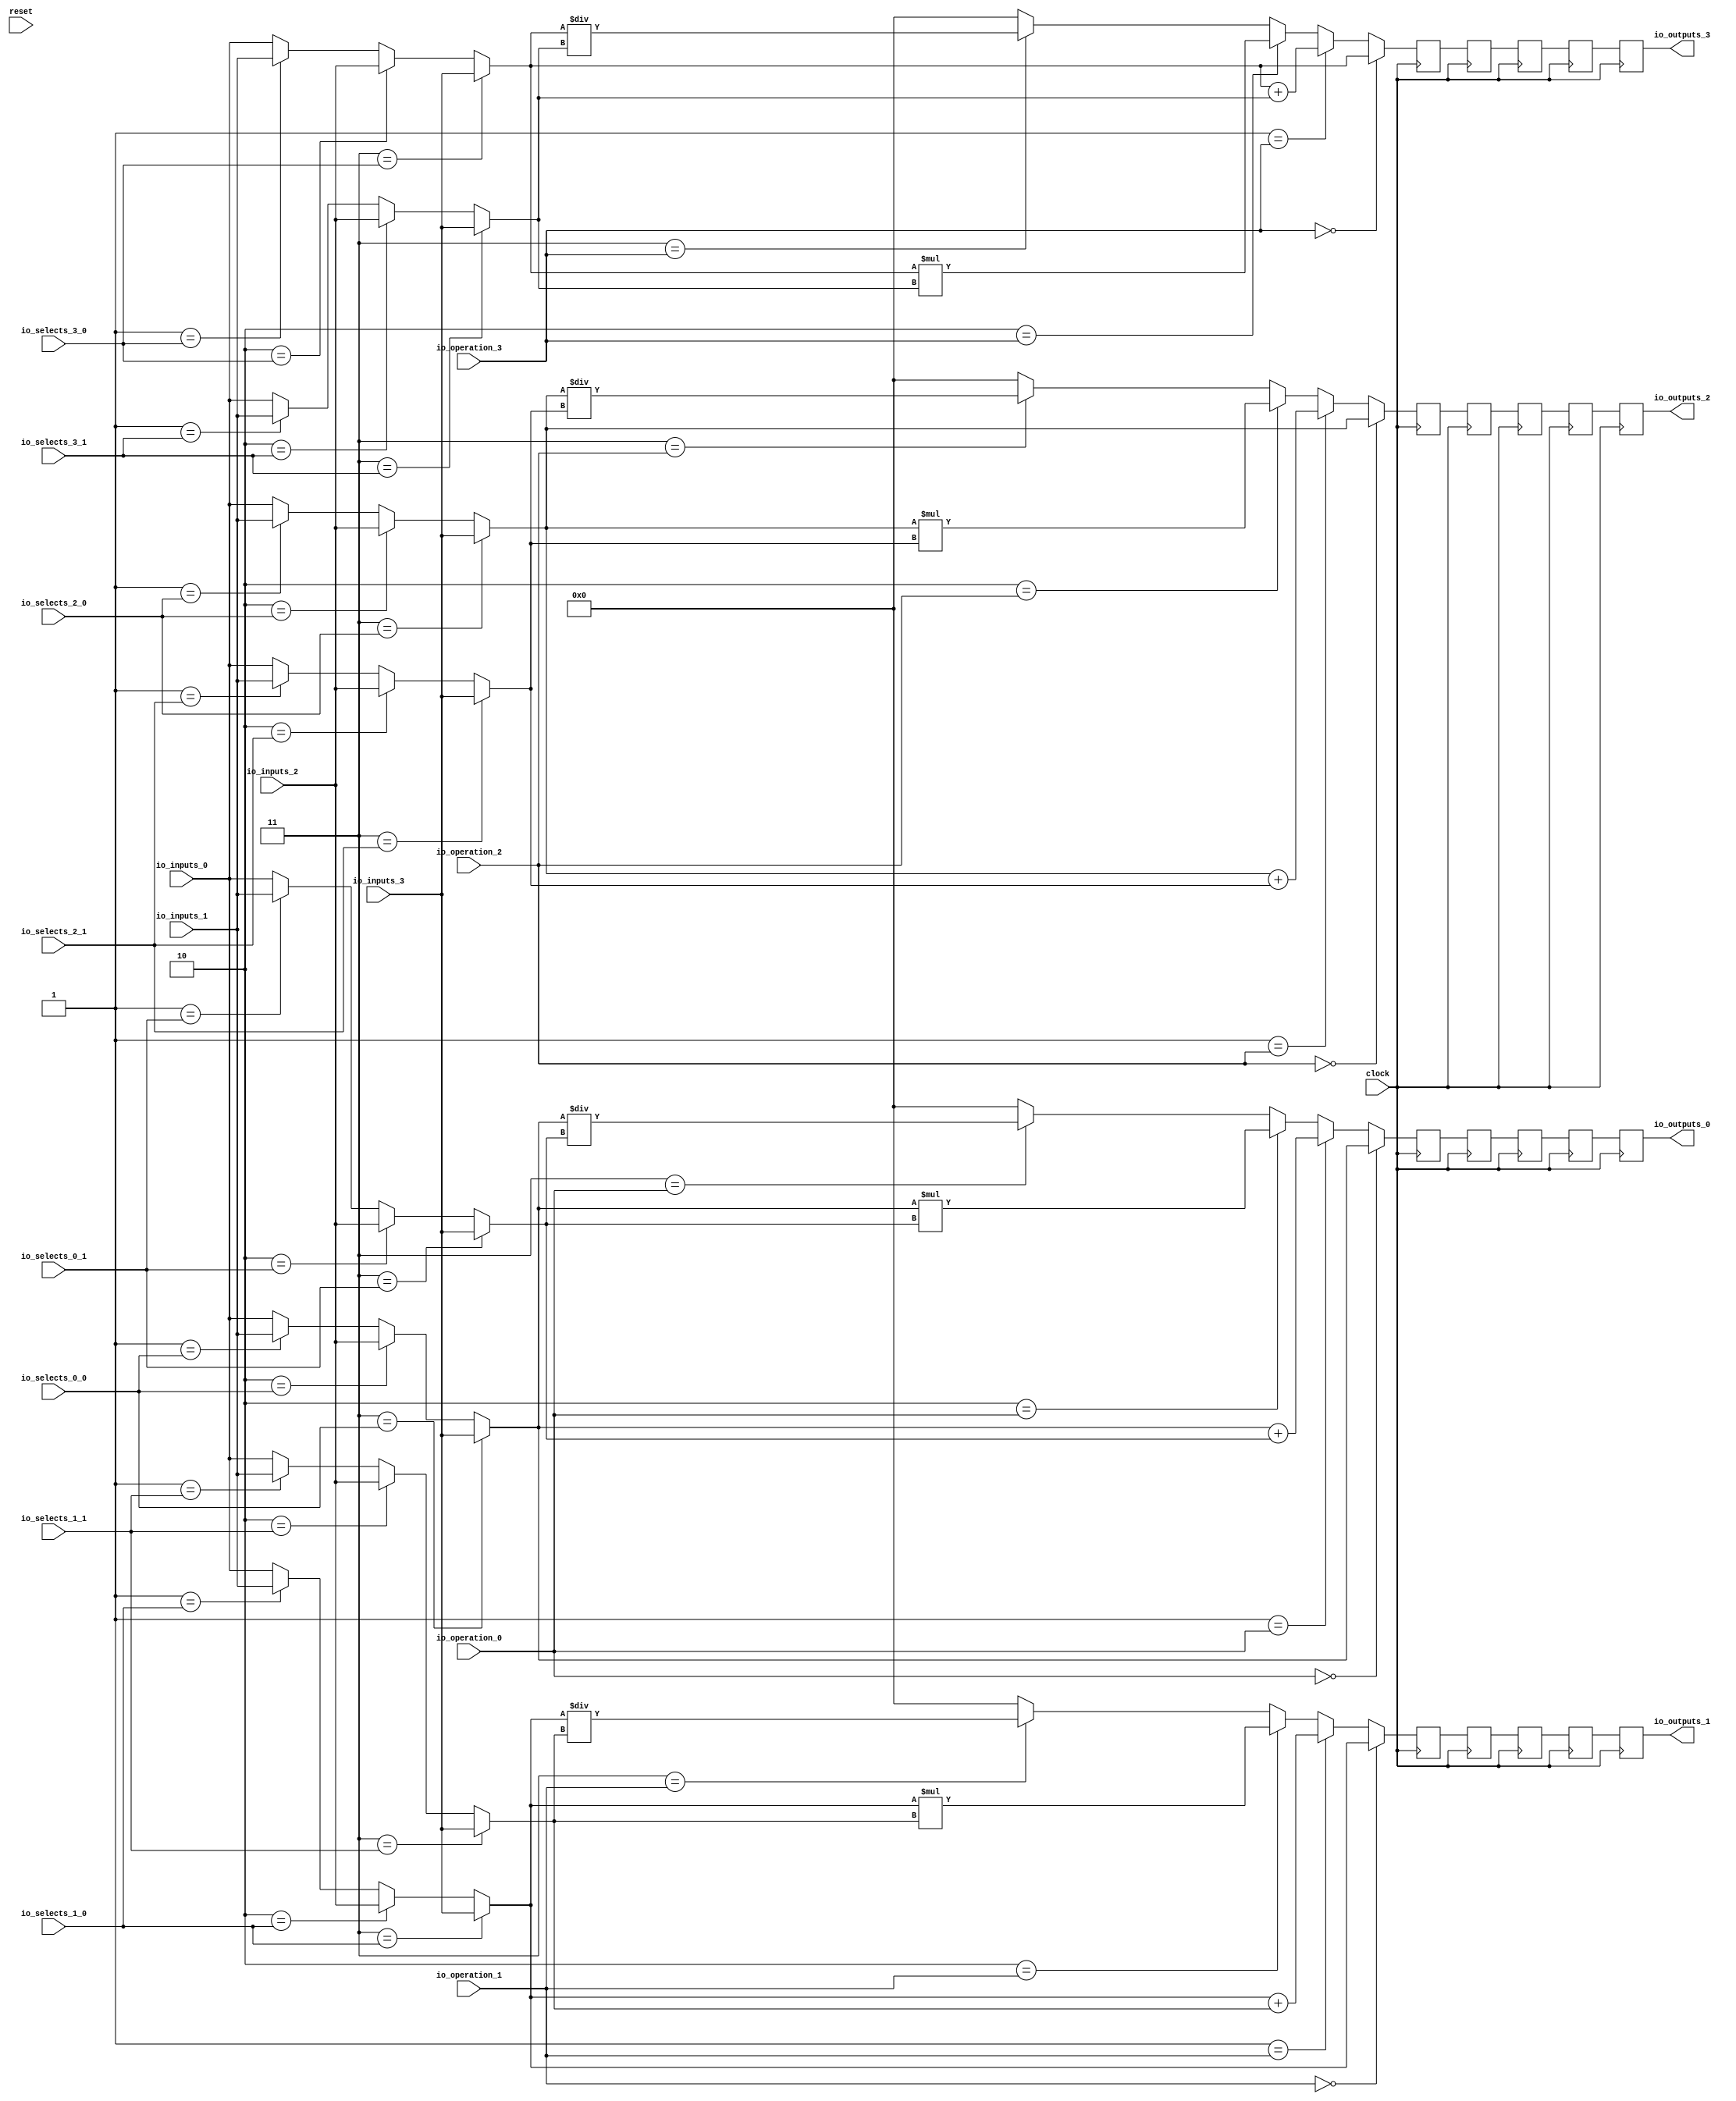
module MuxTest_width_256_inputs_4_outputs_4_pipeline_5( // @[:@3.2]
  input          clock, // @[:@4.4]
  input          reset, // @[:@5.4]
  input  [1:0]   io_selects_0_0, // @[:@6.4]
  input  [1:0]   io_selects_0_1, // @[:@6.4]
  input  [1:0]   io_selects_1_0, // @[:@6.4]
  input  [1:0]   io_selects_1_1, // @[:@6.4]
  input  [1:0]   io_selects_2_0, // @[:@6.4]
  input  [1:0]   io_selects_2_1, // @[:@6.4]
  input  [1:0]   io_selects_3_0, // @[:@6.4]
  input  [1:0]   io_selects_3_1, // @[:@6.4]
  input  [2:0]   io_operation_0, // @[:@6.4]
  input  [2:0]   io_operation_1, // @[:@6.4]
  input  [2:0]   io_operation_2, // @[:@6.4]
  input  [2:0]   io_operation_3, // @[:@6.4]
  input  [255:0] io_inputs_0, // @[:@6.4]
  input  [255:0] io_inputs_1, // @[:@6.4]
  input  [255:0] io_inputs_2, // @[:@6.4]
  input  [255:0] io_inputs_3, // @[:@6.4]
  output [255:0] io_outputs_0, // @[:@6.4]
  output [255:0] io_outputs_1, // @[:@6.4]
  output [255:0] io_outputs_2, // @[:@6.4]
  output [255:0] io_outputs_3 // @[:@6.4]
);
  wire [255:0] _GEN_1; // @[MuxTest_width_256_inputs_4_outputs_4_pipeline_5s.scala 32:53:@8.4]
  wire [255:0] _GEN_2; // @[MuxTest_width_256_inputs_4_outputs_4_pipeline_5s.scala 32:53:@8.4]
  wire [255:0] _GEN_3; // @[MuxTest_width_256_inputs_4_outputs_4_pipeline_5s.scala 32:53:@8.4]
  wire [255:0] _GEN_5; // @[MuxTest_width_256_inputs_4_outputs_4_pipeline_5s.scala 32:53:@8.4]
  wire [255:0] _GEN_6; // @[MuxTest_width_256_inputs_4_outputs_4_pipeline_5s.scala 32:53:@8.4]
  wire [255:0] _GEN_7; // @[MuxTest_width_256_inputs_4_outputs_4_pipeline_5s.scala 32:53:@8.4]
  wire [256:0] _T_242; // @[MuxTest_width_256_inputs_4_outputs_4_pipeline_5s.scala 32:53:@8.4]
  wire [255:0] _T_243; // @[MuxTest_width_256_inputs_4_outputs_4_pipeline_5s.scala 32:53:@9.4]
  wire [511:0] _T_245; // @[MuxTest_width_256_inputs_4_outputs_4_pipeline_5s.scala 33:58:@10.4]
  wire [255:0] _T_247; // @[MuxTest_width_256_inputs_4_outputs_4_pipeline_5s.scala 34:56:@11.4]
  wire  _T_248; // @[Mux.scala 46:19:@12.4]
  wire [255:0] _T_249; // @[Mux.scala 46:16:@13.4]
  wire  _T_250; // @[Mux.scala 46:19:@14.4]
  wire [511:0] _T_251; // @[Mux.scala 46:16:@15.4]
  wire  _T_252; // @[Mux.scala 46:19:@16.4]
  wire [511:0] _T_253; // @[Mux.scala 46:16:@17.4]
  wire  _T_254; // @[Mux.scala 46:19:@18.4]
  wire [255:0] _GEN_9; // @[MuxTest_width_256_inputs_4_outputs_4_pipeline_5s.scala 32:53:@20.4]
  wire [255:0] _GEN_10; // @[MuxTest_width_256_inputs_4_outputs_4_pipeline_5s.scala 32:53:@20.4]
  wire [255:0] _GEN_11; // @[MuxTest_width_256_inputs_4_outputs_4_pipeline_5s.scala 32:53:@20.4]
  wire [255:0] _GEN_13; // @[MuxTest_width_256_inputs_4_outputs_4_pipeline_5s.scala 32:53:@20.4]
  wire [255:0] _GEN_14; // @[MuxTest_width_256_inputs_4_outputs_4_pipeline_5s.scala 32:53:@20.4]
  wire [255:0] _GEN_15; // @[MuxTest_width_256_inputs_4_outputs_4_pipeline_5s.scala 32:53:@20.4]
  wire [256:0] _T_259; // @[MuxTest_width_256_inputs_4_outputs_4_pipeline_5s.scala 32:53:@20.4]
  wire [255:0] _T_260; // @[MuxTest_width_256_inputs_4_outputs_4_pipeline_5s.scala 32:53:@21.4]
  wire [511:0] _T_262; // @[MuxTest_width_256_inputs_4_outputs_4_pipeline_5s.scala 33:58:@22.4]
  wire [255:0] _T_264; // @[MuxTest_width_256_inputs_4_outputs_4_pipeline_5s.scala 34:56:@23.4]
  wire  _T_265; // @[Mux.scala 46:19:@24.4]
  wire [255:0] _T_266; // @[Mux.scala 46:16:@25.4]
  wire  _T_267; // @[Mux.scala 46:19:@26.4]
  wire [511:0] _T_268; // @[Mux.scala 46:16:@27.4]
  wire  _T_269; // @[Mux.scala 46:19:@28.4]
  wire [511:0] _T_270; // @[Mux.scala 46:16:@29.4]
  wire  _T_271; // @[Mux.scala 46:19:@30.4]
  wire [255:0] _GEN_17; // @[MuxTest_width_256_inputs_4_outputs_4_pipeline_5s.scala 32:53:@32.4]
  wire [255:0] _GEN_18; // @[MuxTest_width_256_inputs_4_outputs_4_pipeline_5s.scala 32:53:@32.4]
  wire [255:0] _GEN_19; // @[MuxTest_width_256_inputs_4_outputs_4_pipeline_5s.scala 32:53:@32.4]
  wire [255:0] _GEN_21; // @[MuxTest_width_256_inputs_4_outputs_4_pipeline_5s.scala 32:53:@32.4]
  wire [255:0] _GEN_22; // @[MuxTest_width_256_inputs_4_outputs_4_pipeline_5s.scala 32:53:@32.4]
  wire [255:0] _GEN_23; // @[MuxTest_width_256_inputs_4_outputs_4_pipeline_5s.scala 32:53:@32.4]
  wire [256:0] _T_276; // @[MuxTest_width_256_inputs_4_outputs_4_pipeline_5s.scala 32:53:@32.4]
  wire [255:0] _T_277; // @[MuxTest_width_256_inputs_4_outputs_4_pipeline_5s.scala 32:53:@33.4]
  wire [511:0] _T_279; // @[MuxTest_width_256_inputs_4_outputs_4_pipeline_5s.scala 33:58:@34.4]
  wire [255:0] _T_281; // @[MuxTest_width_256_inputs_4_outputs_4_pipeline_5s.scala 34:56:@35.4]
  wire  _T_282; // @[Mux.scala 46:19:@36.4]
  wire [255:0] _T_283; // @[Mux.scala 46:16:@37.4]
  wire  _T_284; // @[Mux.scala 46:19:@38.4]
  wire [511:0] _T_285; // @[Mux.scala 46:16:@39.4]
  wire  _T_286; // @[Mux.scala 46:19:@40.4]
  wire [511:0] _T_287; // @[Mux.scala 46:16:@41.4]
  wire  _T_288; // @[Mux.scala 46:19:@42.4]
  wire [255:0] _GEN_25; // @[MuxTest_width_256_inputs_4_outputs_4_pipeline_5s.scala 32:53:@44.4]
  wire [255:0] _GEN_26; // @[MuxTest_width_256_inputs_4_outputs_4_pipeline_5s.scala 32:53:@44.4]
  wire [255:0] _GEN_27; // @[MuxTest_width_256_inputs_4_outputs_4_pipeline_5s.scala 32:53:@44.4]
  wire [255:0] _GEN_29; // @[MuxTest_width_256_inputs_4_outputs_4_pipeline_5s.scala 32:53:@44.4]
  wire [255:0] _GEN_30; // @[MuxTest_width_256_inputs_4_outputs_4_pipeline_5s.scala 32:53:@44.4]
  wire [255:0] _GEN_31; // @[MuxTest_width_256_inputs_4_outputs_4_pipeline_5s.scala 32:53:@44.4]
  wire [256:0] _T_293; // @[MuxTest_width_256_inputs_4_outputs_4_pipeline_5s.scala 32:53:@44.4]
  wire [255:0] _T_294; // @[MuxTest_width_256_inputs_4_outputs_4_pipeline_5s.scala 32:53:@45.4]
  wire [511:0] _T_296; // @[MuxTest_width_256_inputs_4_outputs_4_pipeline_5s.scala 33:58:@46.4]
  wire [255:0] _T_298; // @[MuxTest_width_256_inputs_4_outputs_4_pipeline_5s.scala 34:56:@47.4]
  wire  _T_299; // @[Mux.scala 46:19:@48.4]
  wire [255:0] _T_300; // @[Mux.scala 46:16:@49.4]
  wire  _T_301; // @[Mux.scala 46:19:@50.4]
  wire [511:0] _T_302; // @[Mux.scala 46:16:@51.4]
  wire  _T_303; // @[Mux.scala 46:19:@52.4]
  wire [511:0] _T_304; // @[Mux.scala 46:16:@53.4]
  wire  _T_305; // @[Mux.scala 46:19:@54.4]
  reg [511:0] _T_309; // @[Reg.scala 11:16:@56.4]
  reg [511:0] _RAND_0;
  reg [511:0] _T_311; // @[Reg.scala 11:16:@60.4]
  reg [511:0] _RAND_1;
  reg [511:0] _T_313; // @[Reg.scala 11:16:@64.4]
  reg [511:0] _RAND_2;
  reg [511:0] _T_315; // @[Reg.scala 11:16:@68.4]
  reg [511:0] _RAND_3;
  reg [511:0] _T_317; // @[Reg.scala 11:16:@72.4]
  reg [511:0] _RAND_4;
  reg [511:0] _T_320; // @[Reg.scala 11:16:@76.4]
  reg [511:0] _RAND_5;
  reg [511:0] _T_322; // @[Reg.scala 11:16:@80.4]
  reg [511:0] _RAND_6;
  reg [511:0] _T_324; // @[Reg.scala 11:16:@84.4]
  reg [511:0] _RAND_7;
  reg [511:0] _T_326; // @[Reg.scala 11:16:@88.4]
  reg [511:0] _RAND_8;
  reg [511:0] _T_328; // @[Reg.scala 11:16:@92.4]
  reg [511:0] _RAND_9;
  reg [511:0] _T_331; // @[Reg.scala 11:16:@96.4]
  reg [511:0] _RAND_10;
  reg [511:0] _T_333; // @[Reg.scala 11:16:@100.4]
  reg [511:0] _RAND_11;
  reg [511:0] _T_335; // @[Reg.scala 11:16:@104.4]
  reg [511:0] _RAND_12;
  reg [511:0] _T_337; // @[Reg.scala 11:16:@108.4]
  reg [511:0] _RAND_13;
  reg [511:0] _T_339; // @[Reg.scala 11:16:@112.4]
  reg [511:0] _RAND_14;
  reg [511:0] _T_342; // @[Reg.scala 11:16:@116.4]
  reg [511:0] _RAND_15;
  reg [511:0] _T_344; // @[Reg.scala 11:16:@120.4]
  reg [511:0] _RAND_16;
  reg [511:0] _T_346; // @[Reg.scala 11:16:@124.4]
  reg [511:0] _RAND_17;
  reg [511:0] _T_348; // @[Reg.scala 11:16:@128.4]
  reg [511:0] _RAND_18;
  reg [511:0] _T_350; // @[Reg.scala 11:16:@132.4]
  reg [511:0] _RAND_19;
  assign _GEN_1 = 2'h1 == io_selects_0_0 ? io_inputs_1 : io_inputs_0; // @[MuxTest_width_256_inputs_4_outputs_4_pipeline_5s.scala 32:53:@8.4]
  assign _GEN_2 = 2'h2 == io_selects_0_0 ? io_inputs_2 : _GEN_1; // @[MuxTest_width_256_inputs_4_outputs_4_pipeline_5s.scala 32:53:@8.4]
  assign _GEN_3 = 2'h3 == io_selects_0_0 ? io_inputs_3 : _GEN_2; // @[MuxTest_width_256_inputs_4_outputs_4_pipeline_5s.scala 32:53:@8.4]
  assign _GEN_5 = 2'h1 == io_selects_0_1 ? io_inputs_1 : io_inputs_0; // @[MuxTest_width_256_inputs_4_outputs_4_pipeline_5s.scala 32:53:@8.4]
  assign _GEN_6 = 2'h2 == io_selects_0_1 ? io_inputs_2 : _GEN_5; // @[MuxTest_width_256_inputs_4_outputs_4_pipeline_5s.scala 32:53:@8.4]
  assign _GEN_7 = 2'h3 == io_selects_0_1 ? io_inputs_3 : _GEN_6; // @[MuxTest_width_256_inputs_4_outputs_4_pipeline_5s.scala 32:53:@8.4]
  assign _T_242 = _GEN_3 + _GEN_7; // @[MuxTest_width_256_inputs_4_outputs_4_pipeline_5s.scala 32:53:@8.4]
  assign _T_243 = _GEN_3 + _GEN_7; // @[MuxTest_width_256_inputs_4_outputs_4_pipeline_5s.scala 32:53:@9.4]
  assign _T_245 = _GEN_3 * _GEN_7; // @[MuxTest_width_256_inputs_4_outputs_4_pipeline_5s.scala 33:58:@10.4]
  assign _T_247 = _GEN_3 / _GEN_7; // @[MuxTest_width_256_inputs_4_outputs_4_pipeline_5s.scala 34:56:@11.4]
  assign _T_248 = 3'h3 == io_operation_0; // @[Mux.scala 46:19:@12.4]
  assign _T_249 = _T_248 ? _T_247 : 256'h0; // @[Mux.scala 46:16:@13.4]
  assign _T_250 = 3'h2 == io_operation_0; // @[Mux.scala 46:19:@14.4]
  assign _T_251 = _T_250 ? _T_245 : {{256'd0}, _T_249}; // @[Mux.scala 46:16:@15.4]
  assign _T_252 = 3'h1 == io_operation_0; // @[Mux.scala 46:19:@16.4]
  assign _T_253 = _T_252 ? {{256'd0}, _T_243} : _T_251; // @[Mux.scala 46:16:@17.4]
  assign _T_254 = 3'h0 == io_operation_0; // @[Mux.scala 46:19:@18.4]
  assign _GEN_9 = 2'h1 == io_selects_1_0 ? io_inputs_1 : io_inputs_0; // @[MuxTest_width_256_inputs_4_outputs_4_pipeline_5s.scala 32:53:@20.4]
  assign _GEN_10 = 2'h2 == io_selects_1_0 ? io_inputs_2 : _GEN_9; // @[MuxTest_width_256_inputs_4_outputs_4_pipeline_5s.scala 32:53:@20.4]
  assign _GEN_11 = 2'h3 == io_selects_1_0 ? io_inputs_3 : _GEN_10; // @[MuxTest_width_256_inputs_4_outputs_4_pipeline_5s.scala 32:53:@20.4]
  assign _GEN_13 = 2'h1 == io_selects_1_1 ? io_inputs_1 : io_inputs_0; // @[MuxTest_width_256_inputs_4_outputs_4_pipeline_5s.scala 32:53:@20.4]
  assign _GEN_14 = 2'h2 == io_selects_1_1 ? io_inputs_2 : _GEN_13; // @[MuxTest_width_256_inputs_4_outputs_4_pipeline_5s.scala 32:53:@20.4]
  assign _GEN_15 = 2'h3 == io_selects_1_1 ? io_inputs_3 : _GEN_14; // @[MuxTest_width_256_inputs_4_outputs_4_pipeline_5s.scala 32:53:@20.4]
  assign _T_259 = _GEN_11 + _GEN_15; // @[MuxTest_width_256_inputs_4_outputs_4_pipeline_5s.scala 32:53:@20.4]
  assign _T_260 = _GEN_11 + _GEN_15; // @[MuxTest_width_256_inputs_4_outputs_4_pipeline_5s.scala 32:53:@21.4]
  assign _T_262 = _GEN_11 * _GEN_15; // @[MuxTest_width_256_inputs_4_outputs_4_pipeline_5s.scala 33:58:@22.4]
  assign _T_264 = _GEN_11 / _GEN_15; // @[MuxTest_width_256_inputs_4_outputs_4_pipeline_5s.scala 34:56:@23.4]
  assign _T_265 = 3'h3 == io_operation_1; // @[Mux.scala 46:19:@24.4]
  assign _T_266 = _T_265 ? _T_264 : 256'h0; // @[Mux.scala 46:16:@25.4]
  assign _T_267 = 3'h2 == io_operation_1; // @[Mux.scala 46:19:@26.4]
  assign _T_268 = _T_267 ? _T_262 : {{256'd0}, _T_266}; // @[Mux.scala 46:16:@27.4]
  assign _T_269 = 3'h1 == io_operation_1; // @[Mux.scala 46:19:@28.4]
  assign _T_270 = _T_269 ? {{256'd0}, _T_260} : _T_268; // @[Mux.scala 46:16:@29.4]
  assign _T_271 = 3'h0 == io_operation_1; // @[Mux.scala 46:19:@30.4]
  assign _GEN_17 = 2'h1 == io_selects_2_0 ? io_inputs_1 : io_inputs_0; // @[MuxTest_width_256_inputs_4_outputs_4_pipeline_5s.scala 32:53:@32.4]
  assign _GEN_18 = 2'h2 == io_selects_2_0 ? io_inputs_2 : _GEN_17; // @[MuxTest_width_256_inputs_4_outputs_4_pipeline_5s.scala 32:53:@32.4]
  assign _GEN_19 = 2'h3 == io_selects_2_0 ? io_inputs_3 : _GEN_18; // @[MuxTest_width_256_inputs_4_outputs_4_pipeline_5s.scala 32:53:@32.4]
  assign _GEN_21 = 2'h1 == io_selects_2_1 ? io_inputs_1 : io_inputs_0; // @[MuxTest_width_256_inputs_4_outputs_4_pipeline_5s.scala 32:53:@32.4]
  assign _GEN_22 = 2'h2 == io_selects_2_1 ? io_inputs_2 : _GEN_21; // @[MuxTest_width_256_inputs_4_outputs_4_pipeline_5s.scala 32:53:@32.4]
  assign _GEN_23 = 2'h3 == io_selects_2_1 ? io_inputs_3 : _GEN_22; // @[MuxTest_width_256_inputs_4_outputs_4_pipeline_5s.scala 32:53:@32.4]
  assign _T_276 = _GEN_19 + _GEN_23; // @[MuxTest_width_256_inputs_4_outputs_4_pipeline_5s.scala 32:53:@32.4]
  assign _T_277 = _GEN_19 + _GEN_23; // @[MuxTest_width_256_inputs_4_outputs_4_pipeline_5s.scala 32:53:@33.4]
  assign _T_279 = _GEN_19 * _GEN_23; // @[MuxTest_width_256_inputs_4_outputs_4_pipeline_5s.scala 33:58:@34.4]
  assign _T_281 = _GEN_19 / _GEN_23; // @[MuxTest_width_256_inputs_4_outputs_4_pipeline_5s.scala 34:56:@35.4]
  assign _T_282 = 3'h3 == io_operation_2; // @[Mux.scala 46:19:@36.4]
  assign _T_283 = _T_282 ? _T_281 : 256'h0; // @[Mux.scala 46:16:@37.4]
  assign _T_284 = 3'h2 == io_operation_2; // @[Mux.scala 46:19:@38.4]
  assign _T_285 = _T_284 ? _T_279 : {{256'd0}, _T_283}; // @[Mux.scala 46:16:@39.4]
  assign _T_286 = 3'h1 == io_operation_2; // @[Mux.scala 46:19:@40.4]
  assign _T_287 = _T_286 ? {{256'd0}, _T_277} : _T_285; // @[Mux.scala 46:16:@41.4]
  assign _T_288 = 3'h0 == io_operation_2; // @[Mux.scala 46:19:@42.4]
  assign _GEN_25 = 2'h1 == io_selects_3_0 ? io_inputs_1 : io_inputs_0; // @[MuxTest_width_256_inputs_4_outputs_4_pipeline_5s.scala 32:53:@44.4]
  assign _GEN_26 = 2'h2 == io_selects_3_0 ? io_inputs_2 : _GEN_25; // @[MuxTest_width_256_inputs_4_outputs_4_pipeline_5s.scala 32:53:@44.4]
  assign _GEN_27 = 2'h3 == io_selects_3_0 ? io_inputs_3 : _GEN_26; // @[MuxTest_width_256_inputs_4_outputs_4_pipeline_5s.scala 32:53:@44.4]
  assign _GEN_29 = 2'h1 == io_selects_3_1 ? io_inputs_1 : io_inputs_0; // @[MuxTest_width_256_inputs_4_outputs_4_pipeline_5s.scala 32:53:@44.4]
  assign _GEN_30 = 2'h2 == io_selects_3_1 ? io_inputs_2 : _GEN_29; // @[MuxTest_width_256_inputs_4_outputs_4_pipeline_5s.scala 32:53:@44.4]
  assign _GEN_31 = 2'h3 == io_selects_3_1 ? io_inputs_3 : _GEN_30; // @[MuxTest_width_256_inputs_4_outputs_4_pipeline_5s.scala 32:53:@44.4]
  assign _T_293 = _GEN_27 + _GEN_31; // @[MuxTest_width_256_inputs_4_outputs_4_pipeline_5s.scala 32:53:@44.4]
  assign _T_294 = _GEN_27 + _GEN_31; // @[MuxTest_width_256_inputs_4_outputs_4_pipeline_5s.scala 32:53:@45.4]
  assign _T_296 = _GEN_27 * _GEN_31; // @[MuxTest_width_256_inputs_4_outputs_4_pipeline_5s.scala 33:58:@46.4]
  assign _T_298 = _GEN_27 / _GEN_31; // @[MuxTest_width_256_inputs_4_outputs_4_pipeline_5s.scala 34:56:@47.4]
  assign _T_299 = 3'h3 == io_operation_3; // @[Mux.scala 46:19:@48.4]
  assign _T_300 = _T_299 ? _T_298 : 256'h0; // @[Mux.scala 46:16:@49.4]
  assign _T_301 = 3'h2 == io_operation_3; // @[Mux.scala 46:19:@50.4]
  assign _T_302 = _T_301 ? _T_296 : {{256'd0}, _T_300}; // @[Mux.scala 46:16:@51.4]
  assign _T_303 = 3'h1 == io_operation_3; // @[Mux.scala 46:19:@52.4]
  assign _T_304 = _T_303 ? {{256'd0}, _T_294} : _T_302; // @[Mux.scala 46:16:@53.4]
  assign _T_305 = 3'h0 == io_operation_3; // @[Mux.scala 46:19:@54.4]
  assign io_outputs_0 = _T_317[255:0]; // @[MuxTest_width_256_inputs_4_outputs_4_pipeline_5s.scala 23:14:@136.4]
  assign io_outputs_1 = _T_328[255:0]; // @[MuxTest_width_256_inputs_4_outputs_4_pipeline_5s.scala 23:14:@137.4]
  assign io_outputs_2 = _T_339[255:0]; // @[MuxTest_width_256_inputs_4_outputs_4_pipeline_5s.scala 23:14:@138.4]
  assign io_outputs_3 = _T_350[255:0]; // @[MuxTest_width_256_inputs_4_outputs_4_pipeline_5s.scala 23:14:@139.4]
`ifdef RANDOMIZE_GARBAGE_ASSIGN
`define RANDOMIZE
`endif
`ifdef RANDOMIZE_INVALID_ASSIGN
`define RANDOMIZE
`endif
`ifdef RANDOMIZE_REG_INIT
`define RANDOMIZE
`endif
`ifdef RANDOMIZE_MEM_INIT
`define RANDOMIZE
`endif
`ifndef RANDOM
`define RANDOM $random
`endif
`ifdef RANDOMIZE
  integer initvar;
  initial begin
    `ifdef INIT_RANDOM
      `INIT_RANDOM
    `endif
    `ifndef VERILATOR
      #0.002 begin end
    `endif
  `ifdef RANDOMIZE_REG_INIT
  _RAND_0 = {16{`RANDOM}};
  _T_309 = _RAND_0[511:0];
  `endif // RANDOMIZE_REG_INIT
  `ifdef RANDOMIZE_REG_INIT
  _RAND_1 = {16{`RANDOM}};
  _T_311 = _RAND_1[511:0];
  `endif // RANDOMIZE_REG_INIT
  `ifdef RANDOMIZE_REG_INIT
  _RAND_2 = {16{`RANDOM}};
  _T_313 = _RAND_2[511:0];
  `endif // RANDOMIZE_REG_INIT
  `ifdef RANDOMIZE_REG_INIT
  _RAND_3 = {16{`RANDOM}};
  _T_315 = _RAND_3[511:0];
  `endif // RANDOMIZE_REG_INIT
  `ifdef RANDOMIZE_REG_INIT
  _RAND_4 = {16{`RANDOM}};
  _T_317 = _RAND_4[511:0];
  `endif // RANDOMIZE_REG_INIT
  `ifdef RANDOMIZE_REG_INIT
  _RAND_5 = {16{`RANDOM}};
  _T_320 = _RAND_5[511:0];
  `endif // RANDOMIZE_REG_INIT
  `ifdef RANDOMIZE_REG_INIT
  _RAND_6 = {16{`RANDOM}};
  _T_322 = _RAND_6[511:0];
  `endif // RANDOMIZE_REG_INIT
  `ifdef RANDOMIZE_REG_INIT
  _RAND_7 = {16{`RANDOM}};
  _T_324 = _RAND_7[511:0];
  `endif // RANDOMIZE_REG_INIT
  `ifdef RANDOMIZE_REG_INIT
  _RAND_8 = {16{`RANDOM}};
  _T_326 = _RAND_8[511:0];
  `endif // RANDOMIZE_REG_INIT
  `ifdef RANDOMIZE_REG_INIT
  _RAND_9 = {16{`RANDOM}};
  _T_328 = _RAND_9[511:0];
  `endif // RANDOMIZE_REG_INIT
  `ifdef RANDOMIZE_REG_INIT
  _RAND_10 = {16{`RANDOM}};
  _T_331 = _RAND_10[511:0];
  `endif // RANDOMIZE_REG_INIT
  `ifdef RANDOMIZE_REG_INIT
  _RAND_11 = {16{`RANDOM}};
  _T_333 = _RAND_11[511:0];
  `endif // RANDOMIZE_REG_INIT
  `ifdef RANDOMIZE_REG_INIT
  _RAND_12 = {16{`RANDOM}};
  _T_335 = _RAND_12[511:0];
  `endif // RANDOMIZE_REG_INIT
  `ifdef RANDOMIZE_REG_INIT
  _RAND_13 = {16{`RANDOM}};
  _T_337 = _RAND_13[511:0];
  `endif // RANDOMIZE_REG_INIT
  `ifdef RANDOMIZE_REG_INIT
  _RAND_14 = {16{`RANDOM}};
  _T_339 = _RAND_14[511:0];
  `endif // RANDOMIZE_REG_INIT
  `ifdef RANDOMIZE_REG_INIT
  _RAND_15 = {16{`RANDOM}};
  _T_342 = _RAND_15[511:0];
  `endif // RANDOMIZE_REG_INIT
  `ifdef RANDOMIZE_REG_INIT
  _RAND_16 = {16{`RANDOM}};
  _T_344 = _RAND_16[511:0];
  `endif // RANDOMIZE_REG_INIT
  `ifdef RANDOMIZE_REG_INIT
  _RAND_17 = {16{`RANDOM}};
  _T_346 = _RAND_17[511:0];
  `endif // RANDOMIZE_REG_INIT
  `ifdef RANDOMIZE_REG_INIT
  _RAND_18 = {16{`RANDOM}};
  _T_348 = _RAND_18[511:0];
  `endif // RANDOMIZE_REG_INIT
  `ifdef RANDOMIZE_REG_INIT
  _RAND_19 = {16{`RANDOM}};
  _T_350 = _RAND_19[511:0];
  `endif // RANDOMIZE_REG_INIT
  end
`endif // RANDOMIZE
  always @(posedge clock) begin
    if (_T_254) begin
      _T_309 <= {{256'd0}, _GEN_3};
    end else begin
      _T_309 <= _T_253;
    end
    _T_311 <= _T_309;
    _T_313 <= _T_311;
    _T_315 <= _T_313;
    _T_317 <= _T_315;
    if (_T_271) begin
      _T_320 <= {{256'd0}, _GEN_11};
    end else begin
      _T_320 <= _T_270;
    end
    _T_322 <= _T_320;
    _T_324 <= _T_322;
    _T_326 <= _T_324;
    _T_328 <= _T_326;
    if (_T_288) begin
      _T_331 <= {{256'd0}, _GEN_19};
    end else begin
      _T_331 <= _T_287;
    end
    _T_333 <= _T_331;
    _T_335 <= _T_333;
    _T_337 <= _T_335;
    _T_339 <= _T_337;
    if (_T_305) begin
      _T_342 <= {{256'd0}, _GEN_27};
    end else begin
      _T_342 <= _T_304;
    end
    _T_344 <= _T_342;
    _T_346 <= _T_344;
    _T_348 <= _T_346;
    _T_350 <= _T_348;
  end
endmodule